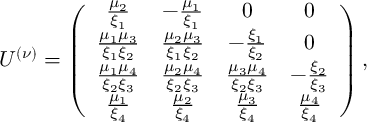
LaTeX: U ^ { ( \nu ) } = \left( \begin{array} { c c c c } { { { \frac { \mu _ { 2 } } { \xi _ { 1 } } } } } & { { - { \frac { \mu _ { 1 } } { \xi _ { 1 } } } } } & { { 0 } } & { { 0 } } \\ { { { \frac { \mu _ { 1 } \mu _ { 3 } } { \xi _ { 1 } \xi _ { 2 } } } } } & { { { \frac { \mu _ { 2 } \mu _ { 3 } } { \xi _ { 1 } \xi _ { 2 } } } } } & { { - { \frac { \xi _ { 1 } } { \xi _ { 2 } } } } } & { { 0 } } \\ { { { \frac { \mu _ { 1 } \mu _ { 4 } } { \xi _ { 2 } \xi _ { 3 } } } } } & { { { \frac { \mu _ { 2 } \mu _ { 4 } } { \xi _ { 2 } \xi _ { 3 } } } } } & { { { \frac { \mu _ { 3 } \mu _ { 4 } } { \xi _ { 2 } \xi _ { 3 } } } } } & { { - { \frac { \xi _ { 2 } } { \xi _ { 3 } } } } } \\ { { { \frac { \mu _ { 1 } } { \xi _ { 4 } } } } } & { { { \frac { \mu _ { 2 } } { \xi _ { 4 } } } } } & { { { \frac { \mu _ { 3 } } { \xi _ { 4 } } } } } & { { { \frac { \mu _ { 4 } } { \xi _ { 4 } } } } } \end{array} \right) ,